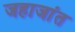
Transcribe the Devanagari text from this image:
जहाजांत